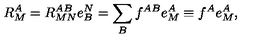
R _ { M } ^ { A } = R _ { M N } ^ { A B } e _ { B } ^ { N } = \sum _ { B } f ^ { A B } e _ { M } ^ { A } \equiv f ^ { A } e _ { M } ^ { A } ,